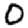
Digit: 0